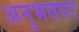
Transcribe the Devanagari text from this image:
अनुभवपर